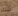
تلك